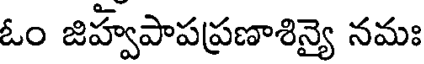
ఓం జిహ్వపాపప్రణాశిన్యై నమః